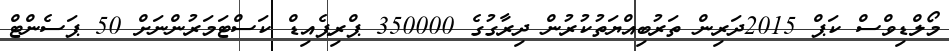
މޯލްޑިވްސް ކަޕް 2015ދަރިން ތަރުބިއްޔަތުކުރުން ދިރާގުގެ 350000 ޕްރިޕެއިޑް ކަސްޓަމަރުންނަށް 50 ޕަސެންޓް